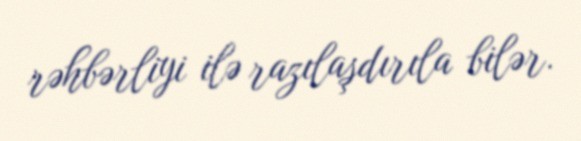
rəhbərliyi ilə razılaşdırıla bilər.